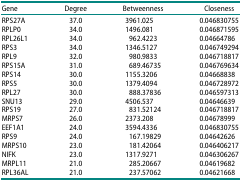
<table><thead><tr><td><b>Gene</b></td><td><b>Degree</b></td><td><b>Betweenness</b></td><td><b>Closeness</b></td></tr></thead><tbody><tr><td>RPS27A</td><td>37.0</td><td>3961.025</td><td>0.046830755</td></tr><tr><td>RPLP0</td><td>34.0</td><td>1496.081</td><td>0.046871595</td></tr><tr><td>RPL26L1</td><td>34.0</td><td>962.4223</td><td>0.04664786</td></tr><tr><td>RPS3</td><td>34.0</td><td>1346.5127</td><td>0.046749294</td></tr><tr><td>RPL9</td><td>32.0</td><td>980.9833</td><td>0.046718817</td></tr><tr><td>RPS15A</td><td>31.0</td><td>689.46735</td><td>0.046769634</td></tr><tr><td>RPS14</td><td>30.0</td><td>1155.3206</td><td>0.04668838</td></tr><tr><td>RPS5</td><td>30.0</td><td>1379.4094</td><td>0.046728972</td></tr><tr><td>RPL27</td><td>30.0</td><td>888.37836</td><td>0.046597313</td></tr><tr><td>SNU13</td><td>29.0</td><td>4506.537</td><td>0.04646639</td></tr><tr><td>RPS19</td><td>27.0</td><td>831.52124</td><td>0.046718817</td></tr><tr><td>MRPS7</td><td>26.0</td><td>2373.208</td><td>0.04678999</td></tr><tr><td>EEF1A1</td><td>24.0</td><td>3594.4336</td><td>0.046830755</td></tr><tr><td>RPS9</td><td>24.0</td><td>167.19829</td><td>0.04642626</td></tr><tr><td>MRPS10</td><td>23.0</td><td>181.42064</td><td>0.046406217</td></tr><tr><td>NIFK</td><td>23.0</td><td>1317.9271</td><td>0.046306267</td></tr><tr><td>MRPL11</td><td>21.0</td><td>285.20667</td><td>0.04619682</td></tr><tr><td>RPL36AL</td><td>21.0</td><td>237.57062</td><td>0.04621668</td></tr></tbody></table>